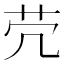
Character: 𦬮